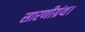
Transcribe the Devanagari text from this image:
सारणीग्रंथ।